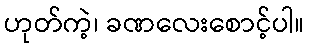
ဟုတ်ကဲ့၊ ခဏလေးစောင့်ပါ။